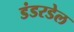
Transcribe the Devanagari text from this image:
डंडरडेल